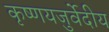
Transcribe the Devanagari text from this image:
कृष्णयजुर्वेदीय